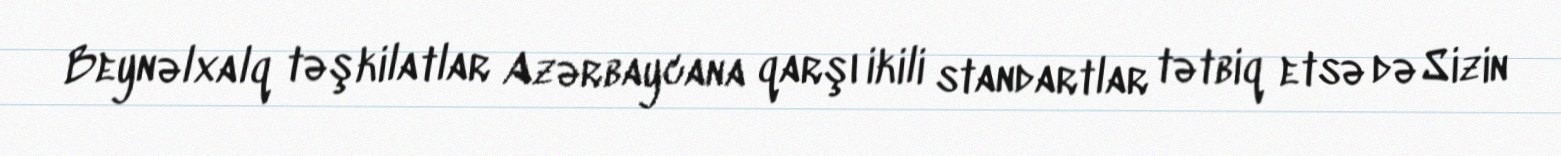
Beynəlxalq təşkilatlar Azərbaycana qarşı ikili standartlar tətbiq etsə də Sizin